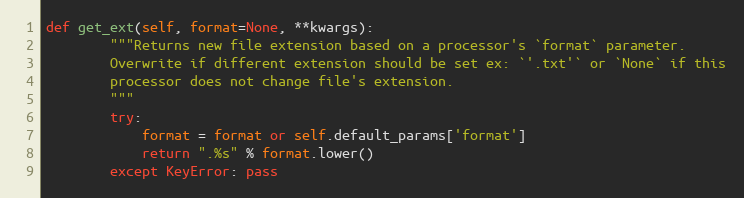
Language: Python
def get_ext(self, format=None, **kwargs):
        """Returns new file extension based on a processor's `format` parameter.
        Overwrite if different extension should be set ex: `'.txt'` or `None` if this
        processor does not change file's extension.
        """
        try:
            format = format or self.default_params['format']
            return ".%s" % format.lower()
        except KeyError: pass